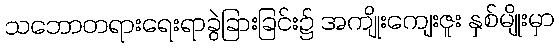
သဘောတရားရေးရာခွဲခြားခြင်း၌ အကျိုးကျေးဇူး နှစ်မျိုးမှာ